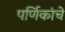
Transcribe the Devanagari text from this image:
पर्णिकांचे